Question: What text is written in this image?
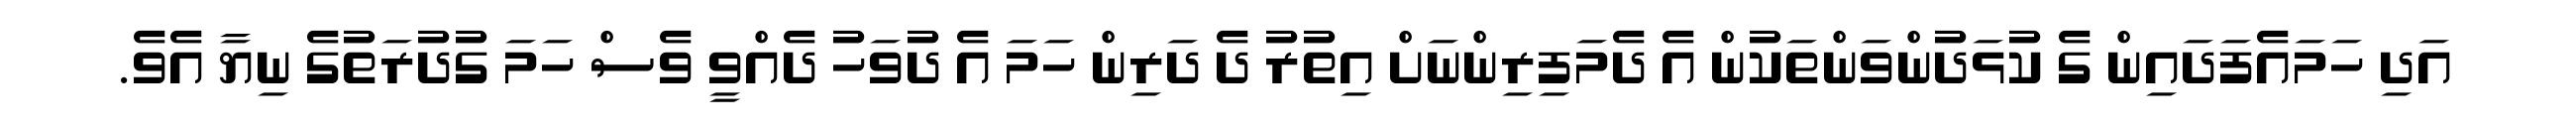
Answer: އަދި ހަމައެފަދައިން ގެ ކުޅަދުންވަންތަކުން އެ ދެމަފިރިންނަށް އިތުރު ދެ ދަރިން ހަމަ އެ ދުވަހު ދެއްވީ ވެސް ހަމަ ގުދުރަތުގެ ނިޔާ އެވެ.